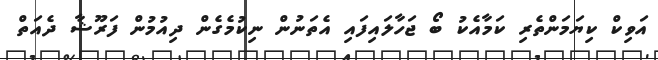
އަވިކް ކިޔަމަންތެރި ކަމާއެކު ބޯ ޖަހާލައިފައި އެތަނުން ނިކުމެގެން ދިއުމުން ފަރޫޝާ ދެއަތް